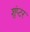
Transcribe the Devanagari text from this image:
शुंप्टर